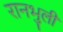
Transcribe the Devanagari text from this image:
रानभुली